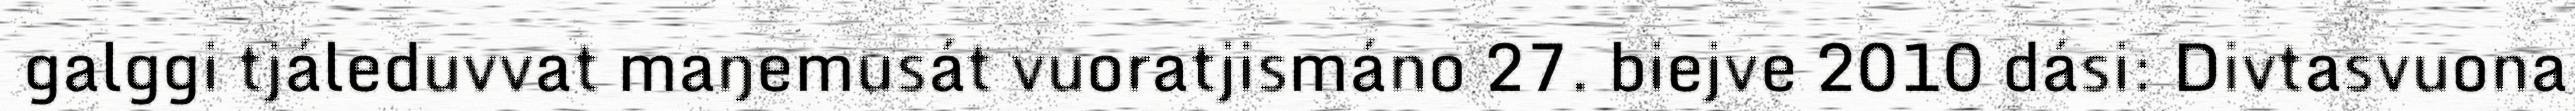
galggi tjáleduvvat maŋemusát vuoratjismáno 27. biejve 2010 dási: Divtasvuona